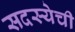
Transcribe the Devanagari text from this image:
सदस्येची